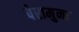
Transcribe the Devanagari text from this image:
पेरामुना